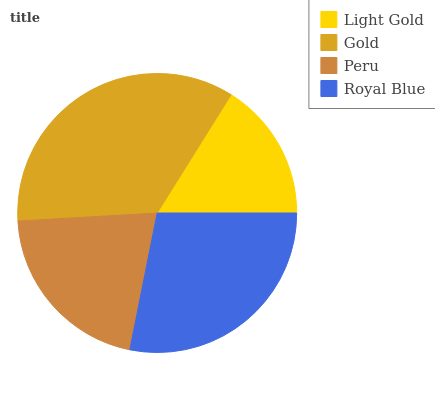
| Light Gold | Gold | Peru | Royal Blue |
 | --- | --- | --- | --- |
 | 16.1% | 34.8% | 21% | 28.1% |